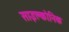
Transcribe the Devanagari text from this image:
साइक्लोनिक